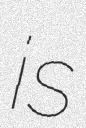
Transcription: is